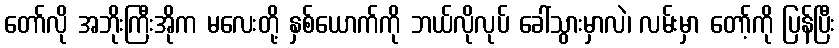
တော်လို အဘိုးကြီးအိုက မလေးတို့ နှစ်ယောက်ကို ဘယ်လိုလုပ် ခေါ်သွားမှာလဲ၊ လမ်းမှာ တော့်ကို ပြန်ပြီး